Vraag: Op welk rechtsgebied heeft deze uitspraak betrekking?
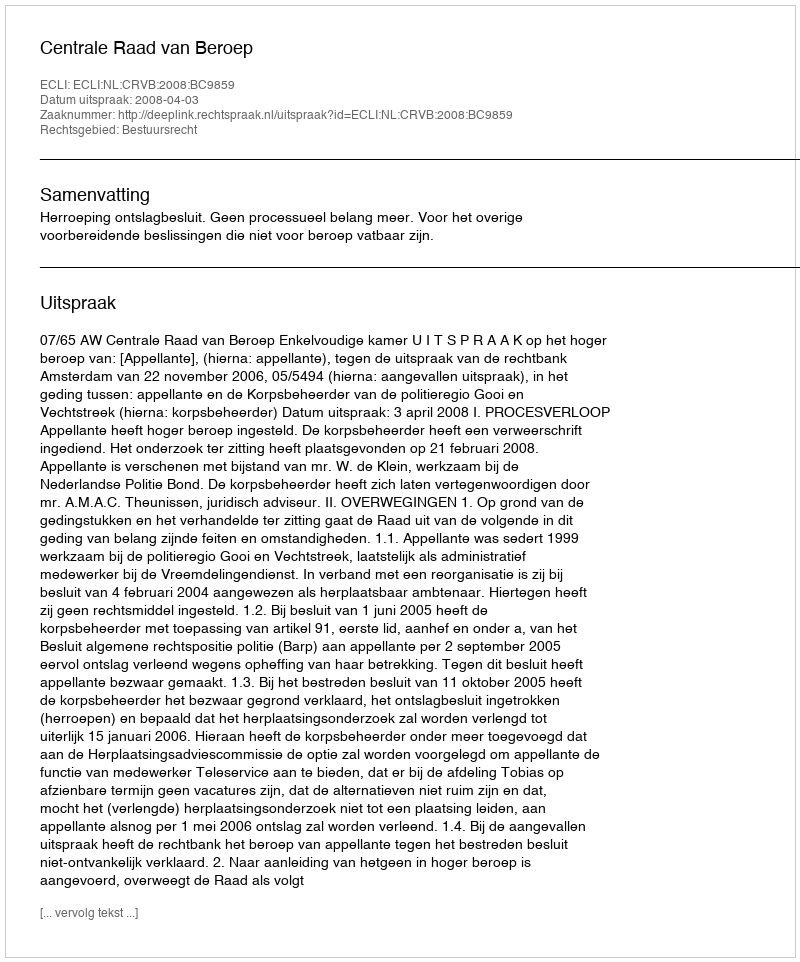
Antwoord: Bestuursrecht